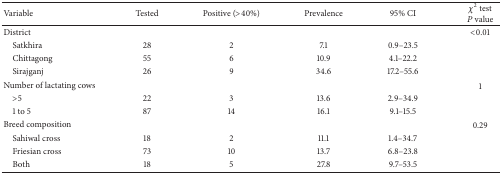
| Variable | Tested | Positive (>40%) | Prevalence | 95% CI | χ2 testP value |
 | --- | --- | --- | --- | --- | --- |
 | District |  |  |  |  | <0.01 |
 | Satkhira | 28 | 2 | 7.1 | 0.9–23.5 |  |
 | Chittagong | 55 | 6 | 10.9 | 4.1–22.2 |  |
 | Sirajganj | 26 | 9 | 34.6 | 17.2–55.6 |  |
 | Number of lactating cows |  |  |  |  | 1 |
 | >5 | 22 | 3 | 13.6 | 2.9–34.9 |  |
 | 1 to 5 | 87 | 14 | 16.1 | 9.1–15.5 |  |
 | Breed composition |  |  |  |  | 0.29 |
 | Sahiwal cross | 18 | 2 | 11.1 | 1.4–34.7 |  |
 | Friesian cross | 73 | 10 | 13.7 | 6.8–23.8 |  |
 | Both | 18 | 5 | 27.8 | 9.7–53.5 |  |